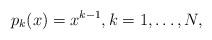
LaTeX: \begin{align*}p_k (x) = x^{k - 1},k=1,\ldots,N,\end{align*}